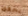
يحفظ